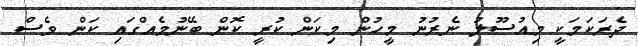
ދެރަކަމަކީ މިއުސޫލު ނެރުނު މީހުން މިކަން ކުރީ ކޮން ބޭނުމެއްގައި ކަން ވެސް